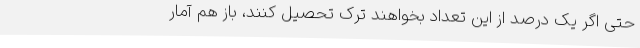
حتی اگر یک درصد از این تعداد بخواهند ترک‌ تحصیل کنند، باز هم آمار